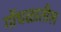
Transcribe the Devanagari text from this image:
गोंधळातील